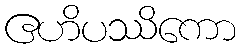
ဧဟိပဿိကော